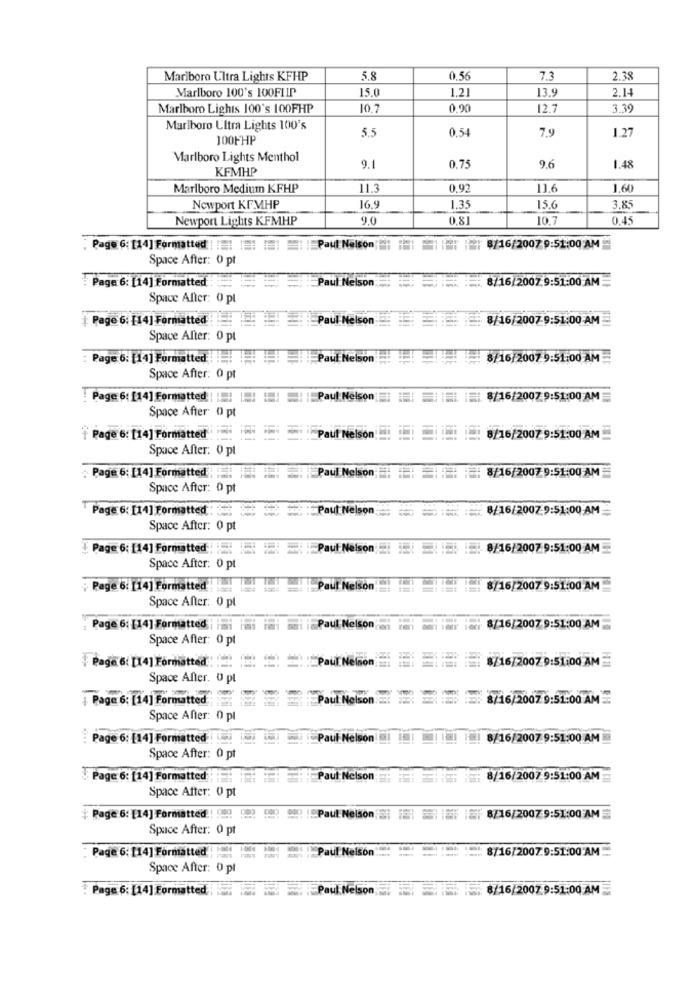
Marlboro Ultra Lights KFHP
5.8
0.56
7.3
2.38
Marlboro 100's 100FLIP
15.0
1.21
13.9
2.1
Marlboro Lights 100's 100FHP
10.7
0.90
12.7
3.39
Marlboro Ultra Lights 100's
5.5
0.54
7.9
1.27
100FHP
Marlboro Lights Menthol
KFMHP
9.1
0.75
9.6
1.48
Marlboro Medium KFHP
11.3
0,92
1.64
Newport KFMHP
16.9
1.35
15.6
3.85
Newport Lights KFMHP
9.0
0.81
10.7
0,45
Page 6: [14] Formatted | || |: : : |Paul Nelson : || || | || 8/16/2007 9:51:00 AM
Space After: 0 pt
Paul Nelson
8/16/2007.9:51:00 AM
: Page 6: [14] Formatted:
Space After: 0 pt
Page 6: [14] Formatted Paul Nelson
8/16/2007-9:51:00 AM
Space Alter: 0 pt
Page 6: [14] Formatted Pau Nelson
8/16/2007 9:51:00 AM
Space After: 0 pt
Page 6: [14] Formatted | || |! !! ! | Paul Nelson : |
IE: 8/16/2007:9:51:00 AM
Space After 0 pt
Page 6: [14] Formatted
:Paul Nelson
1 8/16/2007 9:51:00 AM
Space After: 0 pl
Paul Nelson; : : 8/16/2007 9:51:00 AM
Page 6: [14] Formatted
Space After: 0 pt
Page 6: [14] Formatted :
:Paul Nelson
8/16/2007 9:51:00 AM
Space After: 0 pt
Page 6: [14] Formatted : : : : Paul Nelson : 8/16/2007 9:51:00 AM
Space After: 0 pt
Page 6. [14] Formatted
Paul Nelson
8/16/2007 9:51:00 AM
Space After: 0 pt
Page 6: [14] Formatted
Paul Nelson
8/16/2007 9:51:00 AM
Space After: 0 pt
8/16/2007 9:51:00 AM
Page 6: [14] Formatted : Paul Nelson
Space After. 0 pl
+ Page 6: [14] Formatted
Paul Nelson :3
8/16/2007 9:51:00 AM
Space After: 0 pl
Page 6: [14] Formatted
Paul Nelson
8/16/2007 9:51:00 AM
Space After: 0 pt
Page 6: [14] Formatted
Paut Nelson;
8/16/2007 9:51:00 AM
Space After: 0 pt
# Page 6: [14] Formatted ! ! !!
) !Paul Nelson'S: 11 iii | | 8/16/2007 9:51:00 AM
Space After: 0 pt
Page 6: [14] Formatted
IN Paul Nelson
- - 8/16/2007.9:51:00 AM
Space After: 0 pt
Page 6: [14] Formatted Paul Nelson 8/16/20079:51:00 AM